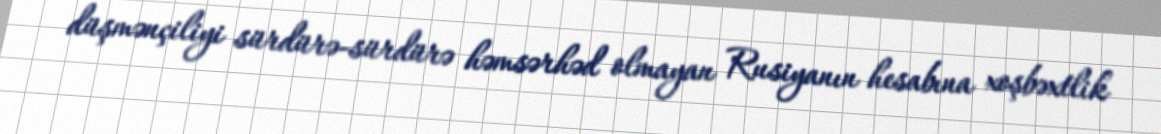
düşmənçiliyi sürdürə-sürdürə həmsərhəd olmayan Rusiyanın hesabına xoşbəxtlik